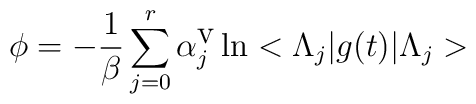
\phi =-\frac{1}{\beta }\sum _{j=0}^{r}\alpha ^{\mbox {v}}_{j}\ln <\Lambda _{j}|g(t)|\Lambda _{j}>